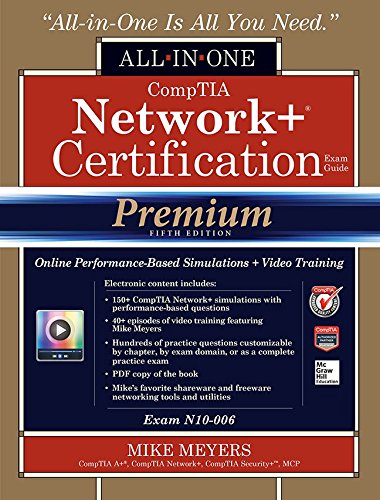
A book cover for CompTIA Network+ Certification All-in-One Exam Guide (Exam N10-006), Premium Sixth Edition with Online Performance-Based Simulations and Video Training; Mike Meyers; Computers & Technology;